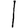
Digit: 1